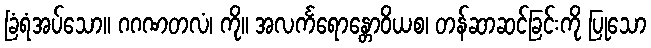
ခြံရံအပ်သော။ ဂဂဏတလံ၊ ကို။ အလင်္ကရောန္တောဝိယစ၊ တန်ဆာဆင်ခြင်းကို ပြုသော